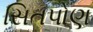
સિતપોણ